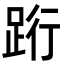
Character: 䟰